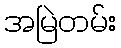
အမြဲတမ်း